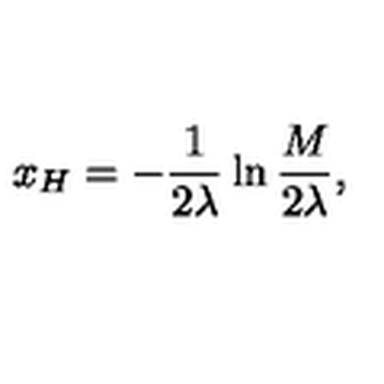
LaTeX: x _ { H } = - \frac { 1 } { 2 \lambda } \ln \frac { M } { 2 \lambda } ,